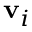
\mathbf { v } _ { i }